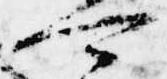
可